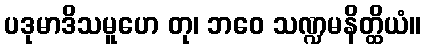
ပဒုမာဒိသမူဟေ တု၊ ဘဝေ သဏ္ဍမနိတ္ထိယံ။